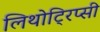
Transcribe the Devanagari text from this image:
लिथोट्रिप्सी